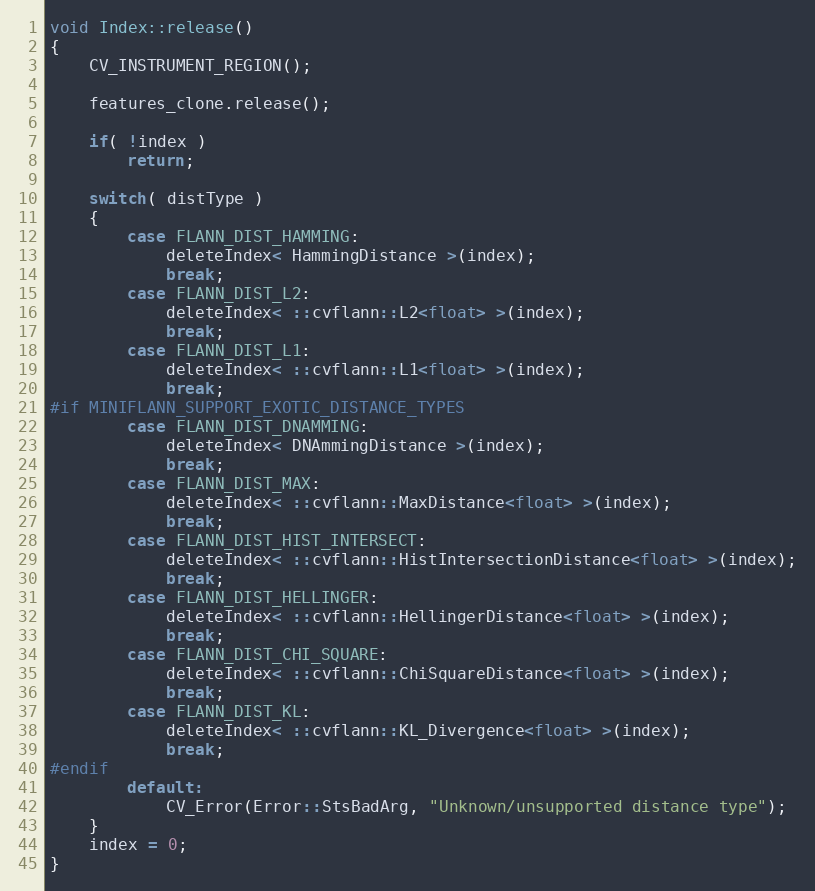
Language: C++
void Index::release()
{
    CV_INSTRUMENT_REGION();

    features_clone.release();

    if( !index )
        return;

    switch( distType )
    {
        case FLANN_DIST_HAMMING:
            deleteIndex< HammingDistance >(index);
            break;
        case FLANN_DIST_L2:
            deleteIndex< ::cvflann::L2<float> >(index);
            break;
        case FLANN_DIST_L1:
            deleteIndex< ::cvflann::L1<float> >(index);
            break;
#if MINIFLANN_SUPPORT_EXOTIC_DISTANCE_TYPES
        case FLANN_DIST_DNAMMING:
            deleteIndex< DNAmmingDistance >(index);
            break;
        case FLANN_DIST_MAX:
            deleteIndex< ::cvflann::MaxDistance<float> >(index);
            break;
        case FLANN_DIST_HIST_INTERSECT:
            deleteIndex< ::cvflann::HistIntersectionDistance<float> >(index);
            break;
        case FLANN_DIST_HELLINGER:
            deleteIndex< ::cvflann::HellingerDistance<float> >(index);
            break;
        case FLANN_DIST_CHI_SQUARE:
            deleteIndex< ::cvflann::ChiSquareDistance<float> >(index);
            break;
        case FLANN_DIST_KL:
            deleteIndex< ::cvflann::KL_Divergence<float> >(index);
            break;
#endif
        default:
            CV_Error(Error::StsBadArg, "Unknown/unsupported distance type");
    }
    index = 0;
}